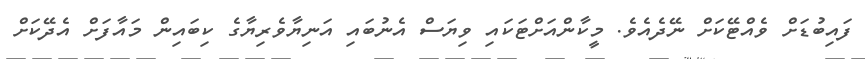
ފައިބުޑަށް ވެއްޓޭކަށް ނޭދެއެވެ. މީކާންއަށްޓަކައި ވިޔަސް އެނުބައި އަނިޔާވެރިޔާގެ ކިބައިން މައާފަށް އެދޭކަށް